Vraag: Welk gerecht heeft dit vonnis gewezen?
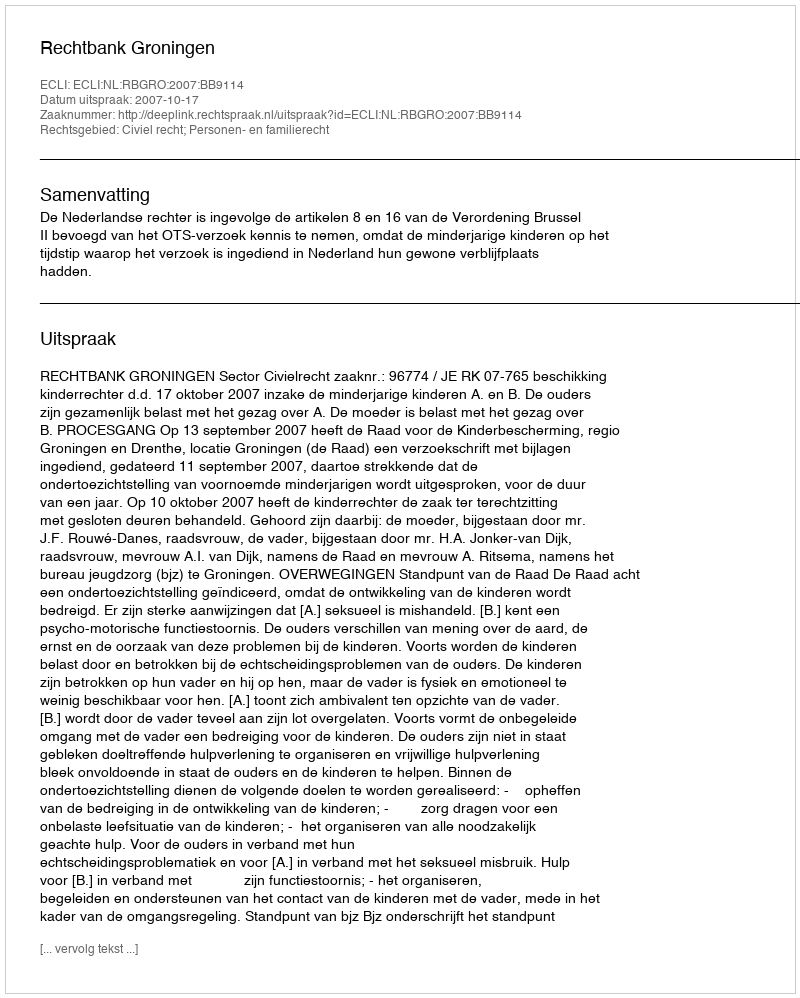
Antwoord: Rechtbank Groningen